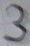
Text: 3